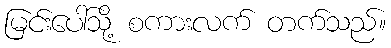
မြင်းပေါ်သို့ စကားလက် တက်သည်။